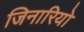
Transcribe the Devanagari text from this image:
जिनारियो